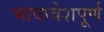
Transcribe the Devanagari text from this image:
भावावेशपूर्ण